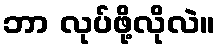
ဘာ လုပ်ဖို့လိုလဲ။